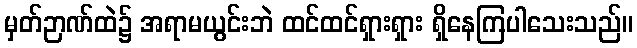
မှတ်ဉာဏ်ထဲ၌ အရာမယွင်းဘဲ ထင်ထင်ရှားရှား ရှိနေကြပါသေးသည်။